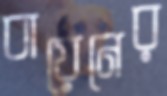
বায়েনের